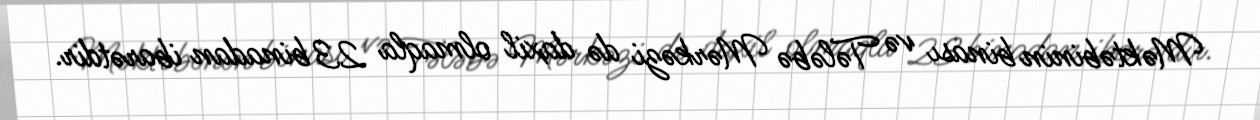
Məktəbinin binası və Tələbə Mərkəzi də daxil olmaqla 23 binadan ibarətdir.